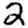
Digit: 2